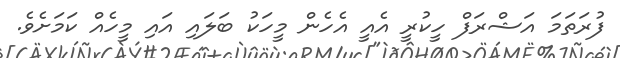
ފުރަތަމަ އަޝްރަފް ހީކުރީ އެއީ އެހެން މީހަކު ބަލައި އައި މީހެއް ކަމަށެވެ.